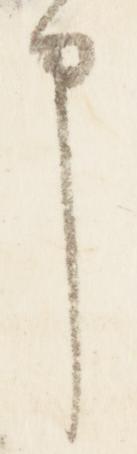
申